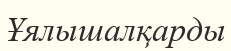
Ұялышалқарды